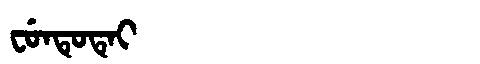
Manchu: ᠸᡠᠨᡨᡠᡨᡝᡳ
Romanization: FUNTUTEI